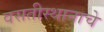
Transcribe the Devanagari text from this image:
वसतीस्थानाचे